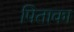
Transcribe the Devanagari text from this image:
पिताका